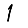
Digit: 1